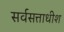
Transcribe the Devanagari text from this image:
सर्वसत्ताधीश